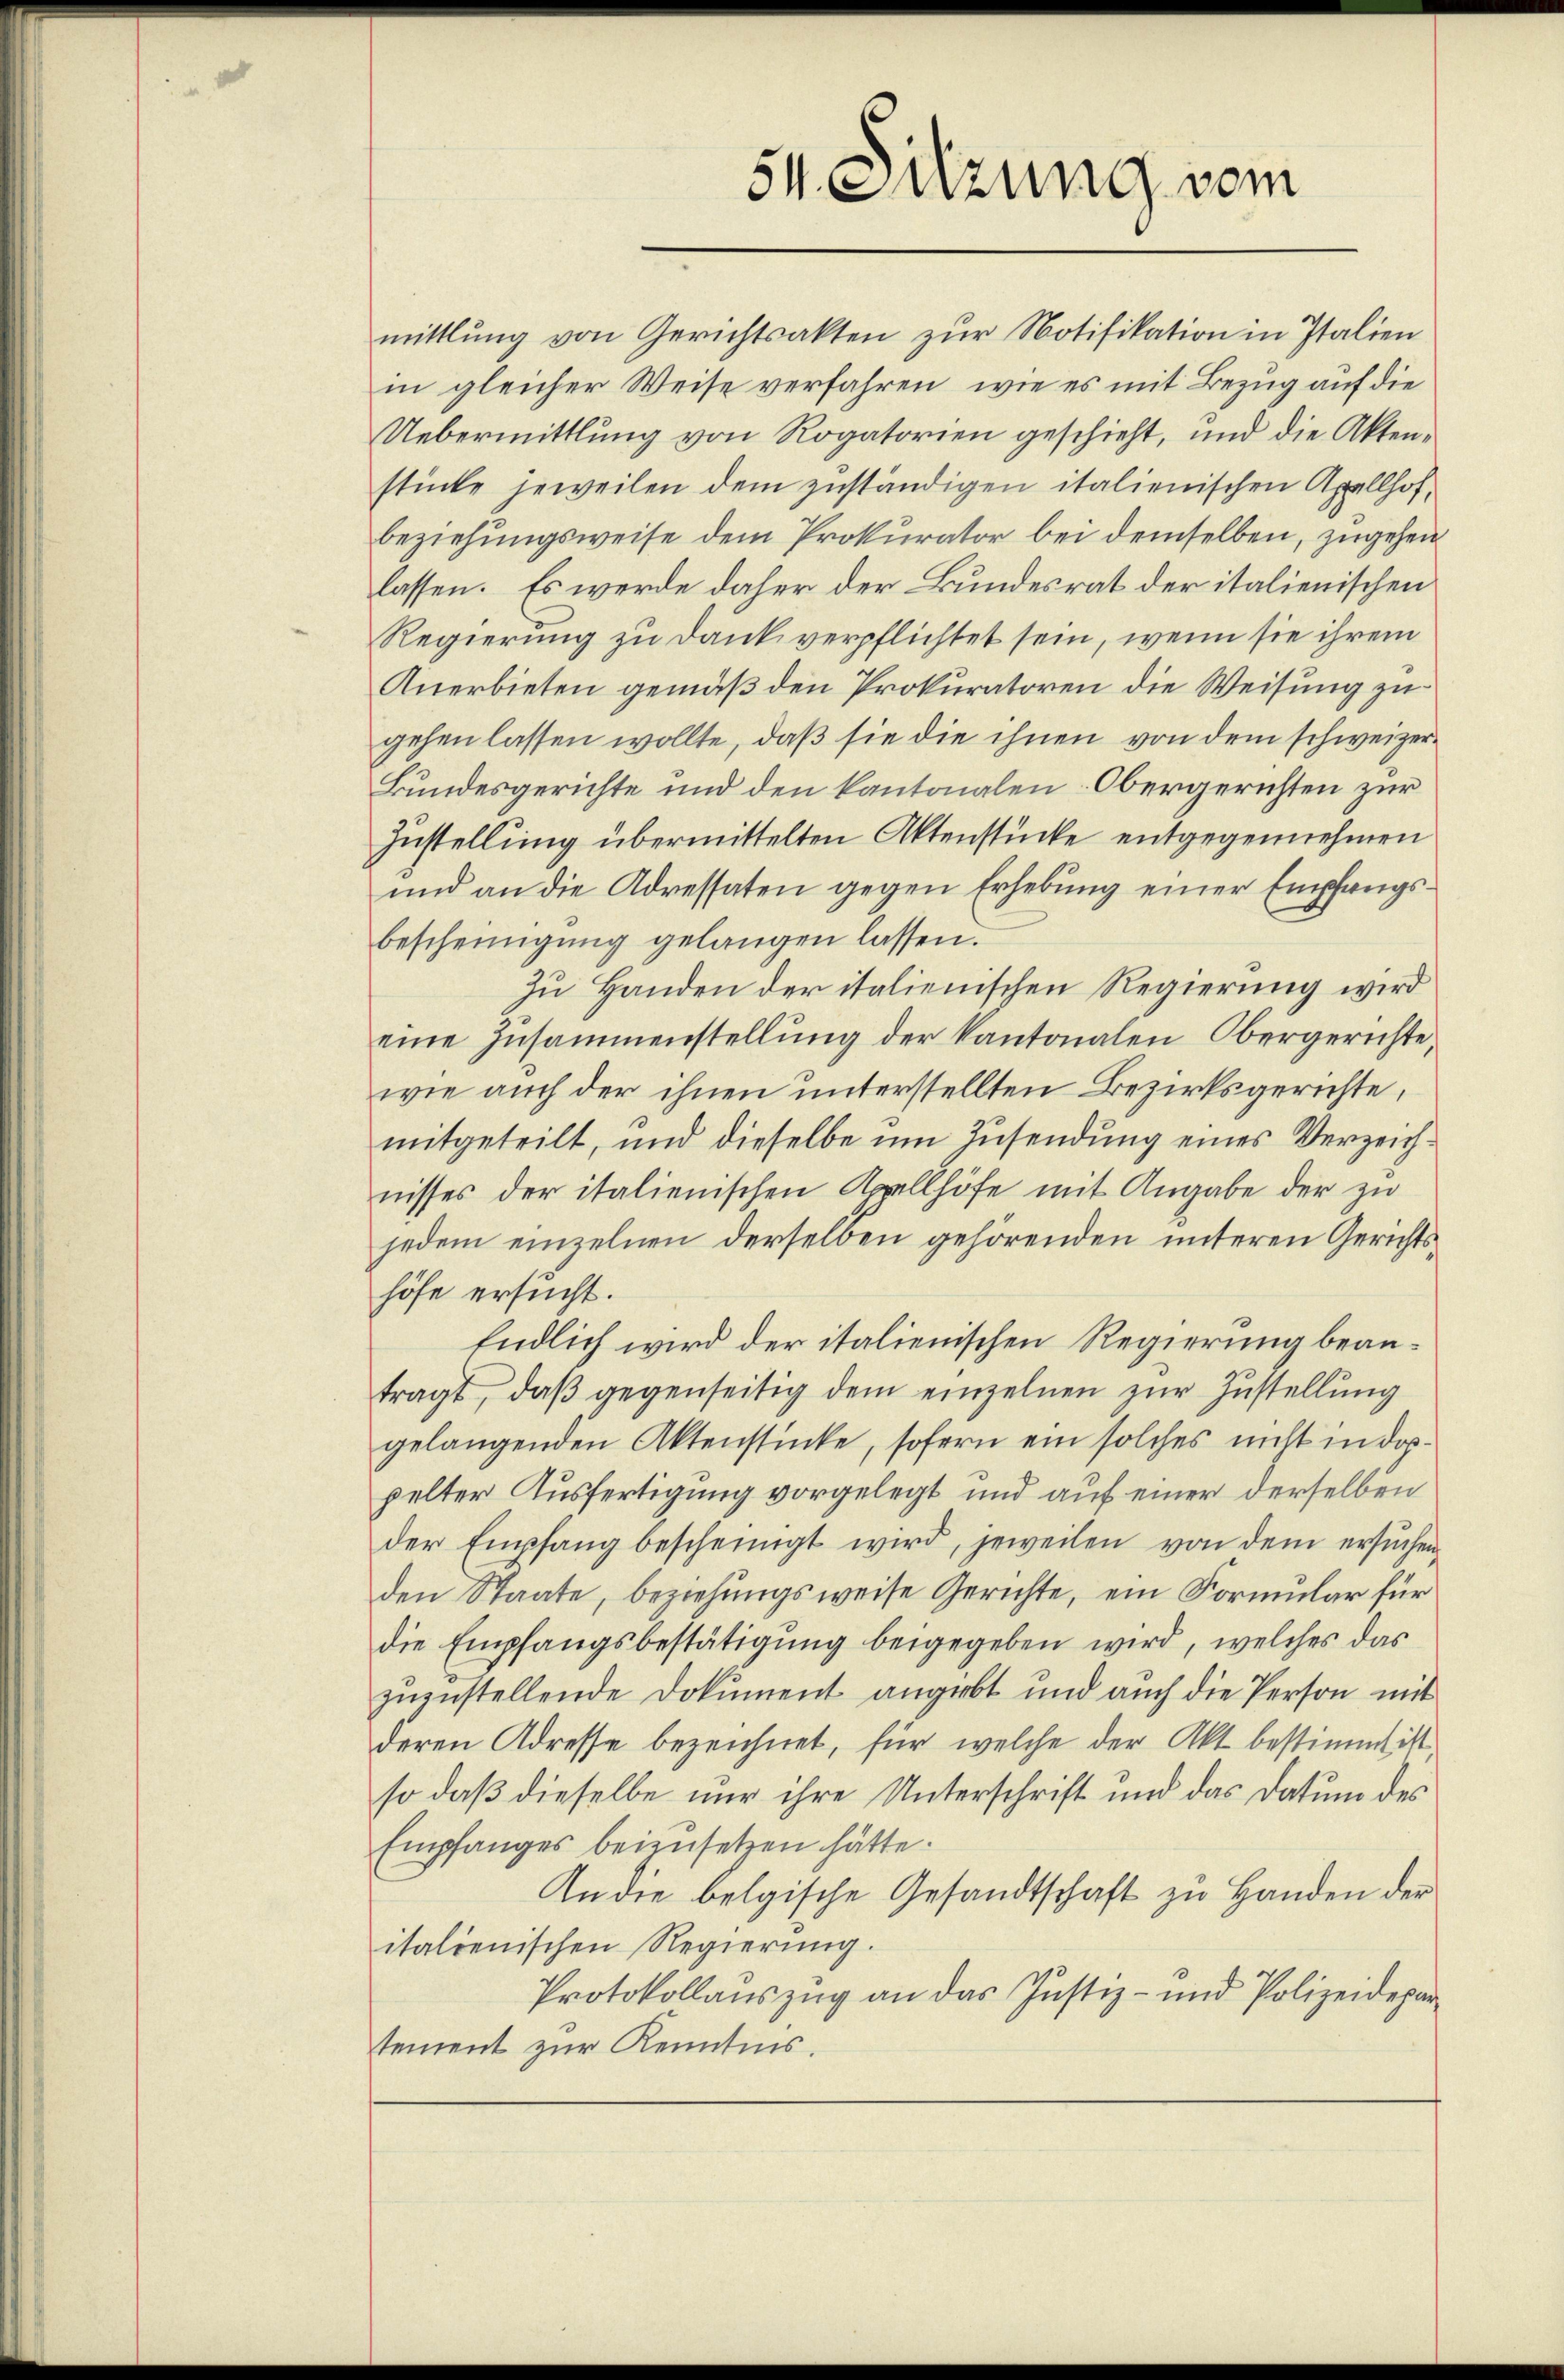
mittlung von Gerichtsakten zŭr Notifikation in Italien
in gleicher Weise verfahren, wie es mit Bezug auf die
Uebermittlung von Rogatorien geschieht, und die Aktenstücke jeweilen dem zuständigen italienischen Axellhof¬
beziehungsweise dem Prokurator bei demselben, zugehen
lassen. Es werde daher der Bundesrat der italienischen
Regierung zu dank verpflichtet sein, wenn sie ihrem
Anerbieten gemäß den Prokuratoren die Weisung zu
gehen lassen wollte, daß sie die ihnen von dem schweizer¬
Bundesgerichte und den kantonalen Obergerichten zur
Zustellung übermittelten Aktenstücke entgegennehmen
und an die Adressaten gegen Erhebung einer Empfangsbescheinigung gelangen lassen.
Zu Handen der italienischen Regierung wird
eine Zusammenstellŭng der Kantonalen Obergerichte,
wie auch der ihnen unterstellten Bezirksgerichte,
mitgeteilt, und dieselbe um Zusendung eines Verzeichnisses der italienischen Appellhöfe mit Angabe der zu
jedem einzelnen derselben gehörenden unteren Gerichtshöfe ersucht.
Endlich wird der italienischen Regierung beantragt, daβ gegenseitig dem einzelnen zŭr Zustellung
gelangenden Aktenstücke, sofern ein solches nicht in doppelter Ausfertigung vorgelegt und auf einer derselben
der Empfang bescheinigt wird, jeweilen von dem ersŭchen,
den Staate, beziehungsweise Gerichte, ein Formular für
die Empfangsbestätigung beigegeben wird, welches das
zuzustellende Dokument angebt und auch die Person mit
deren Adresse bezeichnet, für welche der Akt bestimmt ist
so daß dieselbe nur ihre Unterschrift und das Datum des
Empfanges beizusetzen hätte.
An die belgische Gesandtschaft zu Handen der
italienischen Regierung.
Protokollauszug an das Justiz- und Polizeidepar
tement zur Kenntnis.

54. Sitzung vom